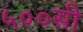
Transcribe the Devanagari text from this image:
५००सी